Annual administration report of the Civil Veterinary Department of India - 1906-1907
Year: 1906
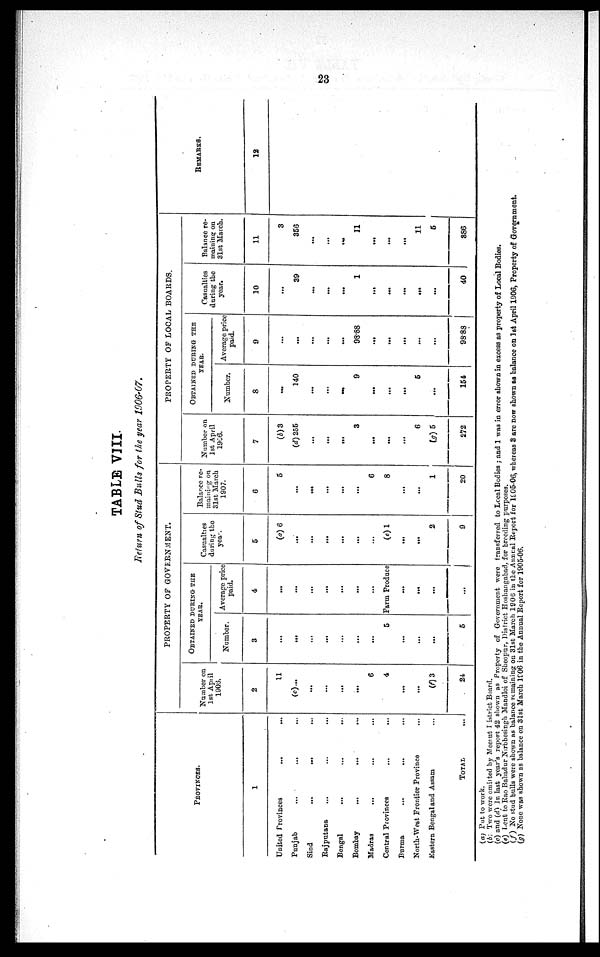
23
TABLE VIII.
Return of Stud Bulls for the year 1906-07.
PROVINCES.
1
United Provinces ... ...
Punjab ... ... ...
Sind ... ... ...
Rajputana ... ... ...
Bengal
...
...
...
Bombay ... ... ...
Madras ... ... ...
Central Provinces
...
...
Burma ... ... ...
North-West Frontier Province ...
Eastern Bengal and Assam ...
TOTAL ...
PROPERTY OF GOVERNMENT.
Number on
1st April
1906.
2
11
(c)...
...
...
...
...
6
4
...
...
(f) 3
24
OBTAINED DURING THE
YEAR.
Number.
3
...
...
...
...
...
...
...
5
...
...
...
5
Average price
paid.
4
...
...
...
...
...
...
...
Farm Produce
...
...
...
...
Casualties
during the
year.
5
(a) 6
...
...
...
...
...
...
(e) 1
...
...
2
9
Balance re-
maining on
31st March
1907.
6
5
...
...
...
...
...
6
8
...
...
1
20
PROPERTY OF LOCAL BOARDS.
Number on
1st April
1906.
7
(b) 3
(d) 255
...
...
...
3
...
...
...
6
(g) 5
272
OBTAINED DURING THE
YEAR
Number.
8
...
140
...
...
...
9
...
...
...
5
...
154
Average price
paid.
9
...
...
...
...
...
98.88
...
...
...
...
...
98.88
Casualties
during the
year.
10
...
39
...
...
...
1
...
...
...
...
...
40
Balance re-
maining on
31st March.
11
3
356
...
...
...
11
...
...
...
11
5
386
REMARKS.
12
(a) Put to work.
(b) Two were omitted by Meerut District Board.
(c) and (d) In last year's report 42 shown as Property of Government were transferred to Local Bodies ; and 1 was in error shown in excess as property of Local Bodies.
(e) Lent to Rao Bahadur Nirbhesingh Mandloi of Sheopur, District Hoshangabad, for breeding purposes.
(f) No stud bulls were shown as balance remaining on 31st March 1906 in the Annual Report for 1905-06, whereas 3 are now shown as balance on 1st April 1906, Property of Government.
(g) None was shown as balance on 31st March 1906 in the Annual Report for 1905-06.